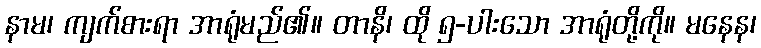
နာမ၊ ကျက်စားရာ အာရုံမည်၏။ တာနိ၊ ထို ၅-ပါးသော အာရုံတို့ကို။ မနေန၊